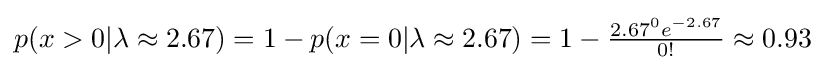
{\textstyle p(x>0|\lambda \approx 2.67)=1-p(x=0|\lambda \approx 2.67)=1-{\frac {2.67^{0}e^{-2.67}}{0!}}\approx 0.93}